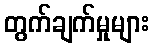
တွက်ချက်မှုများ